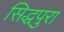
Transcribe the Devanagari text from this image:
सिद्धपुरा